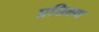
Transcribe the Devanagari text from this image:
प्रशिक्ष्ण